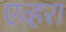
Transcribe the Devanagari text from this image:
एव्हरा